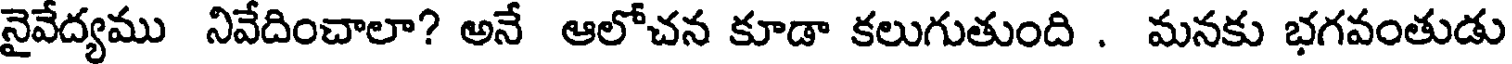
నైవేద్యము నివేదించాలా? అనే ఆలోచన కూడా కలుగుతుంది . మనకు భగవంతుడు